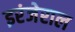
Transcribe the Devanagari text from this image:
इरंजेराल